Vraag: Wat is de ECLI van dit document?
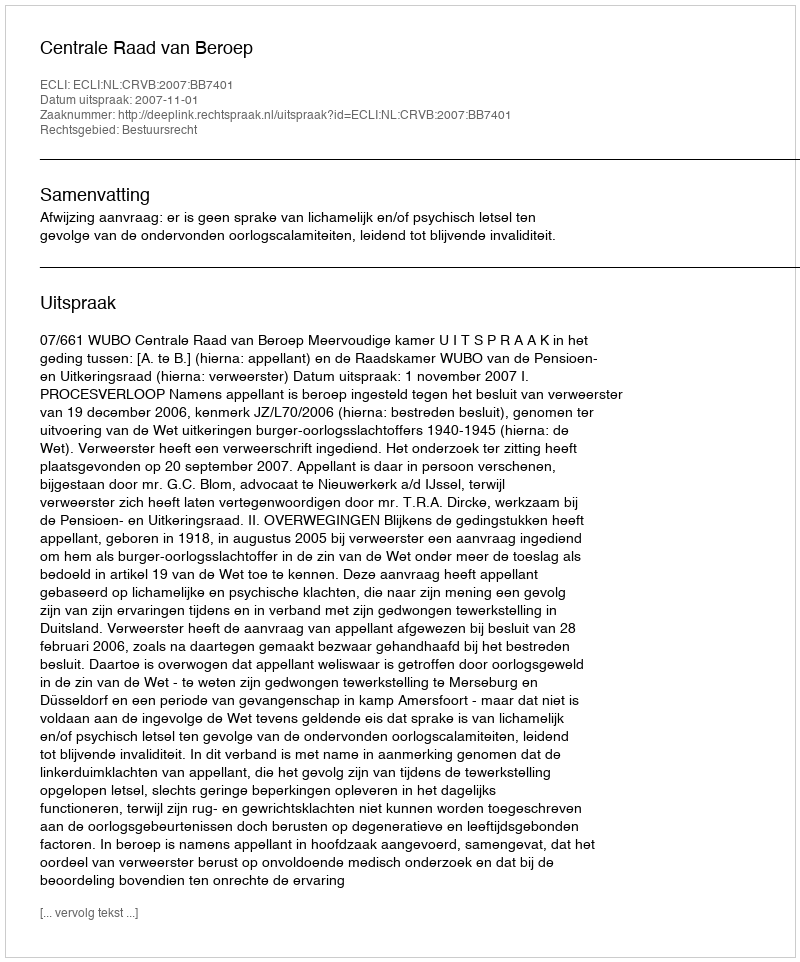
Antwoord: ECLI:NL:CRVB:2007:BB7401